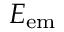
E _ { \mathrm { e m } }